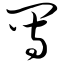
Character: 写